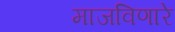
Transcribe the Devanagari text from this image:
माजविणारे